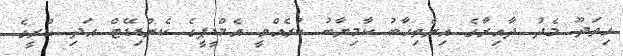
ހިތަދޫ މެދު ދާއިރާގެ އިންތިޚާބު ކާމިޔާބު ކުރެއްވީ އެމްޑީޕީގެ ކެންޑިޑޭޓް އަދި ކުރީގެ